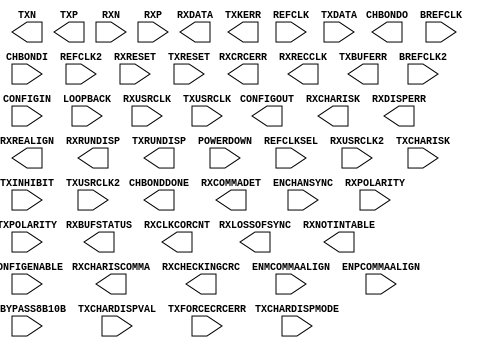
// $Header: /devl/xcs/repo/env/Databases/CAEInterfaces/verplex_libs/data/simprims/X_GT.v,v 1.10.122.3 2004/09/28 20:47:45 wloo Exp $
//**************************************************************
//  Copyright (c) 2002 Xilinx Inc.  All Rights Reserved
//  Module Name  : X_GT
//  Function     : Gigabit Transceiver
//  Site         : GT
//  Spec Version : 1.2
//  Generated by : write_verilog
//**************************************************************

`timescale 1 ps / 1 ps 

module X_GT (
	CHBONDDONE,
	CHBONDO,
	CONFIGOUT,
	RXBUFSTATUS,
	RXCHARISCOMMA,
	RXCHARISK,
	RXCHECKINGCRC,
	RXCLKCORCNT,
	RXCOMMADET,
	RXCRCERR,
	RXDATA,
	RXDISPERR,
	RXLOSSOFSYNC,
	RXNOTINTABLE,
	RXREALIGN,
	RXRECCLK,
	RXRUNDISP,
	TXBUFERR,
	TXKERR,
	TXN,
	TXP,
	TXRUNDISP,

	BREFCLK,
	BREFCLK2,
	CHBONDI,
	CONFIGENABLE,
	CONFIGIN,
	ENCHANSYNC,
	ENMCOMMAALIGN,
	ENPCOMMAALIGN,
	LOOPBACK,
	POWERDOWN,
	REFCLK,
	REFCLK2,
	REFCLKSEL,
	RXN,
	RXP,
	RXPOLARITY,
	RXRESET,
	RXUSRCLK,
	RXUSRCLK2,
	TXBYPASS8B10B,
	TXCHARDISPMODE,
	TXCHARDISPVAL,
	TXCHARISK,
	TXDATA,
	TXFORCECRCERR,
	TXINHIBIT,
	TXPOLARITY,
	TXRESET,
	TXUSRCLK,
	TXUSRCLK2
);

parameter ALIGN_COMMA_MSB = "FALSE";
parameter CHAN_BOND_LIMIT = 16;
parameter CHAN_BOND_MODE = "OFF";
parameter CHAN_BOND_OFFSET = 8;
parameter CHAN_BOND_ONE_SHOT = "FALSE";
parameter CHAN_BOND_SEQ_1_1 = 11'b00000000000;
parameter CHAN_BOND_SEQ_1_2 = 11'b00000000000;
parameter CHAN_BOND_SEQ_1_3 = 11'b00000000000;
parameter CHAN_BOND_SEQ_1_4 = 11'b00000000000;
parameter CHAN_BOND_SEQ_2_1 = 11'b00000000000;
parameter CHAN_BOND_SEQ_2_2 = 11'b00000000000;
parameter CHAN_BOND_SEQ_2_3 = 11'b00000000000;
parameter CHAN_BOND_SEQ_2_4 = 11'b00000000000;
parameter CHAN_BOND_SEQ_2_USE = "FALSE";
parameter CHAN_BOND_SEQ_LEN = 1;
parameter CHAN_BOND_WAIT = 8;
parameter CLK_COR_INSERT_IDLE_FLAG = "FALSE";
parameter CLK_COR_KEEP_IDLE = "FALSE";
parameter CLK_COR_REPEAT_WAIT = 1;
parameter CLK_COR_SEQ_1_1 = 11'b00000000000;
parameter CLK_COR_SEQ_1_2 = 11'b00000000000;
parameter CLK_COR_SEQ_1_3 = 11'b00000000000;
parameter CLK_COR_SEQ_1_4 = 11'b00000000000;
parameter CLK_COR_SEQ_2_1 = 11'b00000000000;
parameter CLK_COR_SEQ_2_2 = 11'b00000000000;
parameter CLK_COR_SEQ_2_3 = 11'b00000000000;
parameter CLK_COR_SEQ_2_4 = 11'b00000000000;
parameter CLK_COR_SEQ_2_USE = "FALSE";
parameter CLK_COR_SEQ_LEN = 1;
parameter CLK_CORRECT_USE = "TRUE";
parameter COMMA_10B_MASK = 10'b1111111000;
parameter CRC_END_OF_PKT = "K29_7";
parameter CRC_FORMAT = "USER_MODE";
parameter CRC_START_OF_PKT = "K27_7";
parameter DEC_MCOMMA_DETECT = "TRUE";
parameter DEC_PCOMMA_DETECT = "TRUE";
parameter DEC_VALID_COMMA_ONLY = "TRUE";
parameter MCOMMA_10B_VALUE = 10'b1100000000;
parameter MCOMMA_DETECT = "TRUE";
parameter PCOMMA_10B_VALUE = 10'b0011111000;
parameter PCOMMA_DETECT = "TRUE";
parameter REF_CLK_V_SEL = 0;
parameter RX_BUFFER_USE = "TRUE";
parameter RX_CRC_USE = "FALSE";
parameter RX_DATA_WIDTH = 2;
parameter RX_DECODE_USE = "TRUE";
parameter RX_LOS_INVALID_INCR = 1;
parameter RX_LOS_THRESHOLD = 4;
parameter RX_LOSS_OF_SYNC_FSM = "TRUE";
parameter SERDES_10B = "FALSE";
parameter TERMINATION_IMP = 50;
parameter TX_BUFFER_USE = "TRUE";
parameter TX_CRC_FORCE_VALUE = 8'b11010110;
parameter TX_CRC_USE = "FALSE";
parameter TX_DATA_WIDTH = 2;
parameter TX_DIFF_CTRL = 500;
parameter TX_PREEMPHASIS = 0;

output CHBONDDONE;
output [3:0] CHBONDO;
output CONFIGOUT;
output [1:0] RXBUFSTATUS;
output [3:0] RXCHARISCOMMA;
output [3:0] RXCHARISK;
output RXCHECKINGCRC;
output [2:0] RXCLKCORCNT;
output RXCOMMADET;
output RXCRCERR;
output [31:0] RXDATA;
output [3:0] RXDISPERR;
output [1:0] RXLOSSOFSYNC;
output [3:0] RXNOTINTABLE;
output RXREALIGN;
output RXRECCLK;
output [3:0] RXRUNDISP;
output TXBUFERR;
output [3:0] TXKERR;
output TXN;
output TXP;
output [3:0] TXRUNDISP;

input BREFCLK;
input BREFCLK2;
input [3:0] CHBONDI;
input CONFIGENABLE;
input CONFIGIN;
input ENCHANSYNC;
input ENMCOMMAALIGN;
input ENPCOMMAALIGN;
input [1:0] LOOPBACK;
input POWERDOWN;
input REFCLK;
input REFCLK2;
input REFCLKSEL;
input RXN;
input RXP;
input RXPOLARITY;
input RXRESET;
input RXUSRCLK;
input RXUSRCLK2;
input [3:0] TXBYPASS8B10B;
input [3:0] TXCHARDISPMODE;
input [3:0] TXCHARDISPVAL;
input [3:0] TXCHARISK;
input [31:0] TXDATA;
input TXFORCECRCERR;
input TXINHIBIT;
input TXPOLARITY;
input TXRESET;
input TXUSRCLK;
input TXUSRCLK2;

endmodule